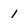
Character: 1